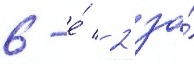
6-е́ / 2 за́